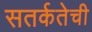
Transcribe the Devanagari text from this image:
सतर्कतेची